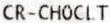
CR-CHOCLT